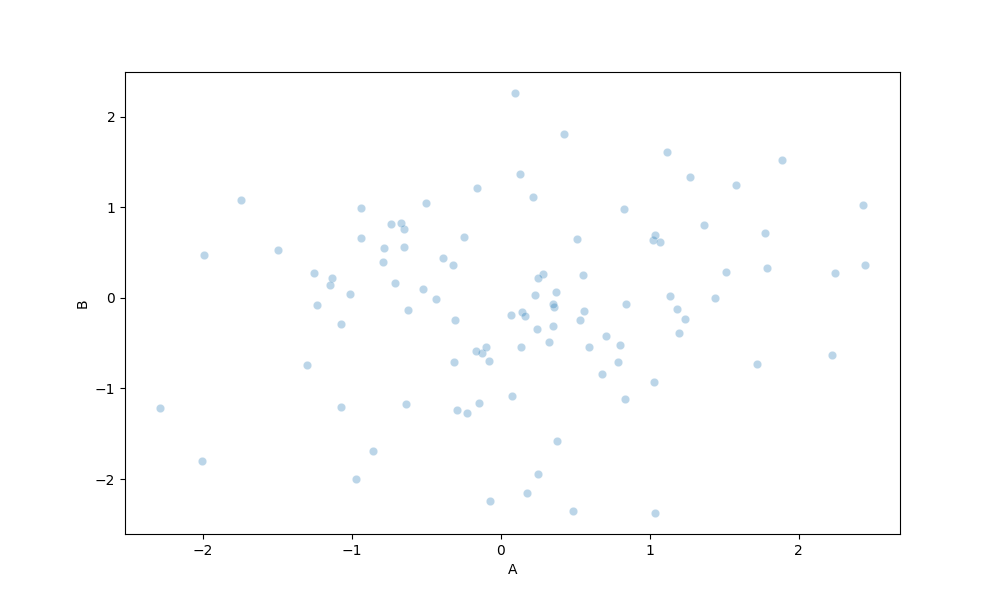
python, seaborn, scatterplot, hue='None', style='None', size='None', palette='muted', alpha=0.3